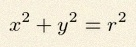
x^2+y^2=r^2